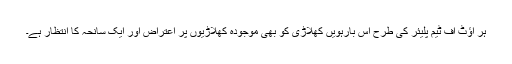
ہر آؤٹ آف ٹیم پلیئر کی طرح اِس بارہویں کھلاڑی کو بھی موجودہ کھلاڑیوں پر اعتراض اور ایک سانحہ کا انتظار ہے۔